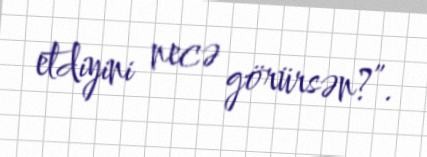
etdiyini necə görürsən?”.